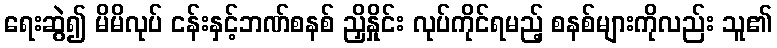
ရေးဆွဲ၍ မိမိလုပ် ငန်းနှင့်ဘဏ်စနစ် ညှိနှိုင်း လုပ်ကိုင်ရမည့် စနစ်များကိုလည်း သူ၏